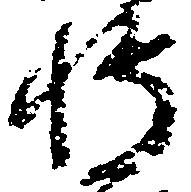
将